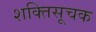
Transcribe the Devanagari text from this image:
शक्तिसूचक